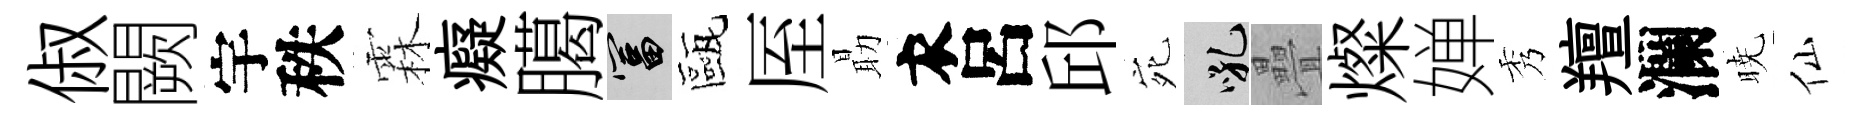
俶闕宇秩霖癡臈富甌厔朂衣呂邱宛吼疊燦婵秀羶瀾暁仙